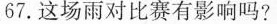
67.这场雨对比赛有影响吗?